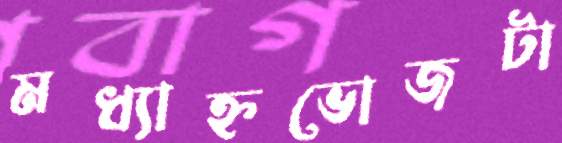
মধ্যাহ্নভোজটা